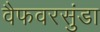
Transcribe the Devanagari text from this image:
वैफवरसुंडा